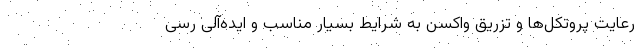
رعایت پروتکل‌ها و تزریق واکسن به شرایط بسیار مناسب و ایده‌آلی رسی